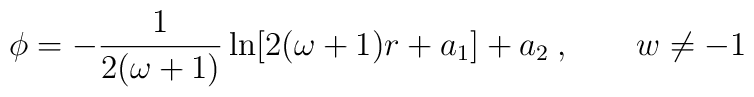
\phi = -\frac{1}{2(\omega+1)}        \ln [2(\omega+1)r+a_1] + a_2 \:, \quad\quad w \neq -1